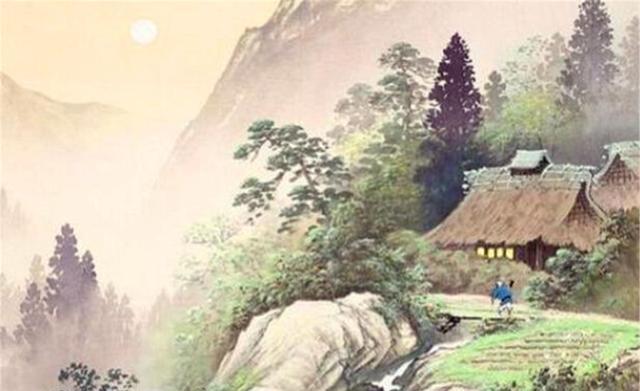
唯有长江水，无语东流。